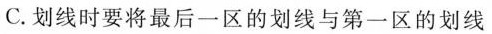
C.划线时要将最后一区的划线与第一区的划线